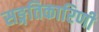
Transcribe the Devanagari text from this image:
सङ्गतिकारिणी